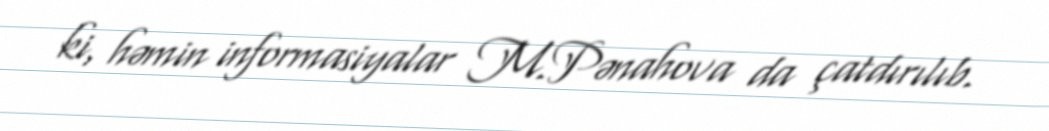
ki, həmin informasiyalar M.Pənahova da çatdırılıb.